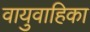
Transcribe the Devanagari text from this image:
वायुवाहिका